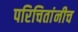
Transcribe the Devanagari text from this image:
परिचितांनीच